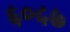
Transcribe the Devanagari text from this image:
६०५७